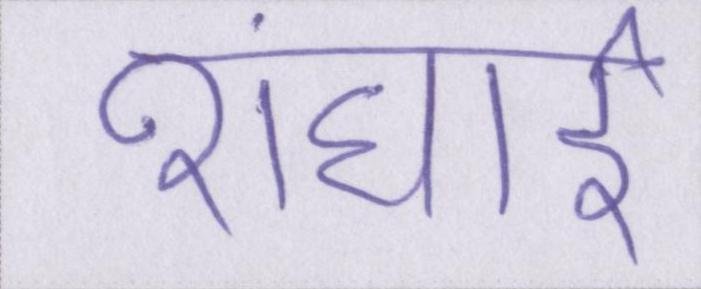
शंघाई